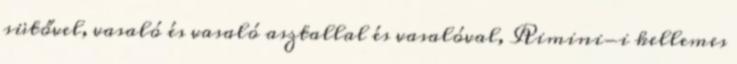
sütővel, vasaló és vasaló asztallal és vasalóval, Rimini-i kellemes